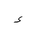
Letter: _hamza